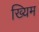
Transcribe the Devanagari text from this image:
ख्यिम